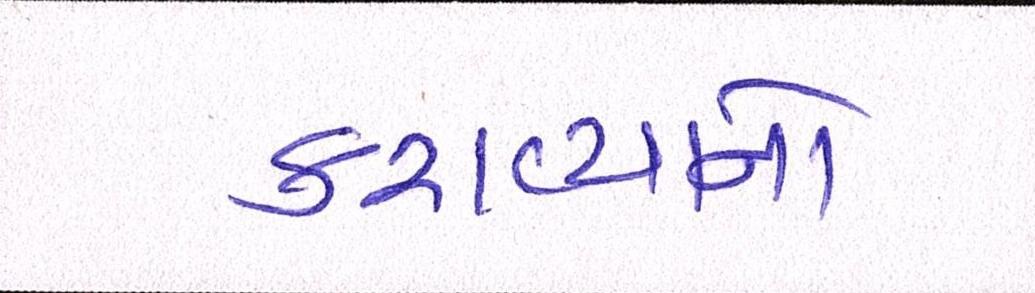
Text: કરાવ્યાનો